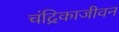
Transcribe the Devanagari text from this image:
चंद्रिकाजीवन